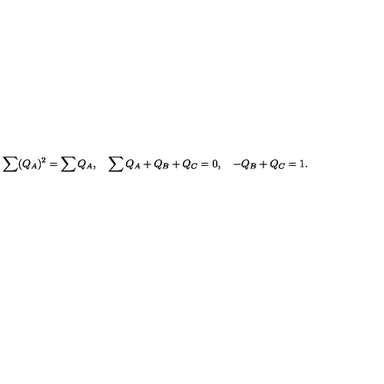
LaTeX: \sum ( Q _ { A } ) ^ { 2 } = \sum Q _ { A } , \quad \sum Q _ { A } + Q _ { B } + Q _ { C } = 0 , \quad - Q _ { B } + Q _ { C } = 1 .